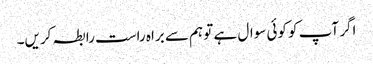
اگر آپ کو کوئی سوال ہے تو ہم سے براہ راست رابطہ کریں۔